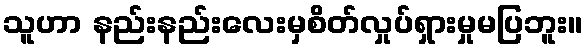
သူဟာ နည်းနည်းလေးမှစိတ်လှုပ်ရှားမှုမပြဘူး။